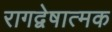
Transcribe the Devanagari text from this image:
रागद्वेषात्मक